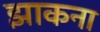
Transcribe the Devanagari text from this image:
झाकना